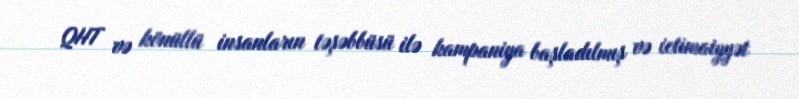
QHT və könüllü insanların təşəbbüsü ilə kampaniya başladılmış və ictimaiyyət